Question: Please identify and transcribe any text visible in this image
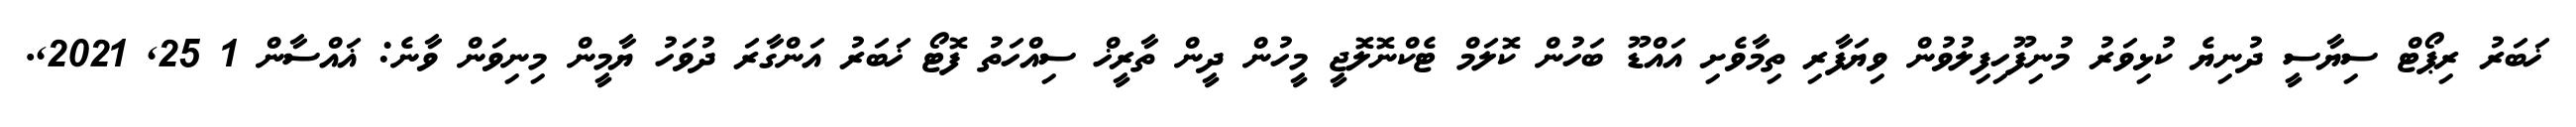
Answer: ޚަބަރު ރިޕޯޓް ސިޔާސީ ދުނިޔެ ކުޅިވަރު މުނިފޫހިފިލުވުން ވިޔަފާރި ތިމާވެށި އައްޑޫ ބަހުން ކޮލަމް ޓެކްނޮލޮޖީ މީހުން ދީން ތާރީޚް ސިއްހަތު ފޮޓޯ ޚަބަރު އަންގާރަ ދުވަހު ޔާމީން މިނިވަން ވާނެ: ޣައްސާން 1 25, 2021,.